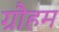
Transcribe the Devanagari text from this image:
ग्रौहम